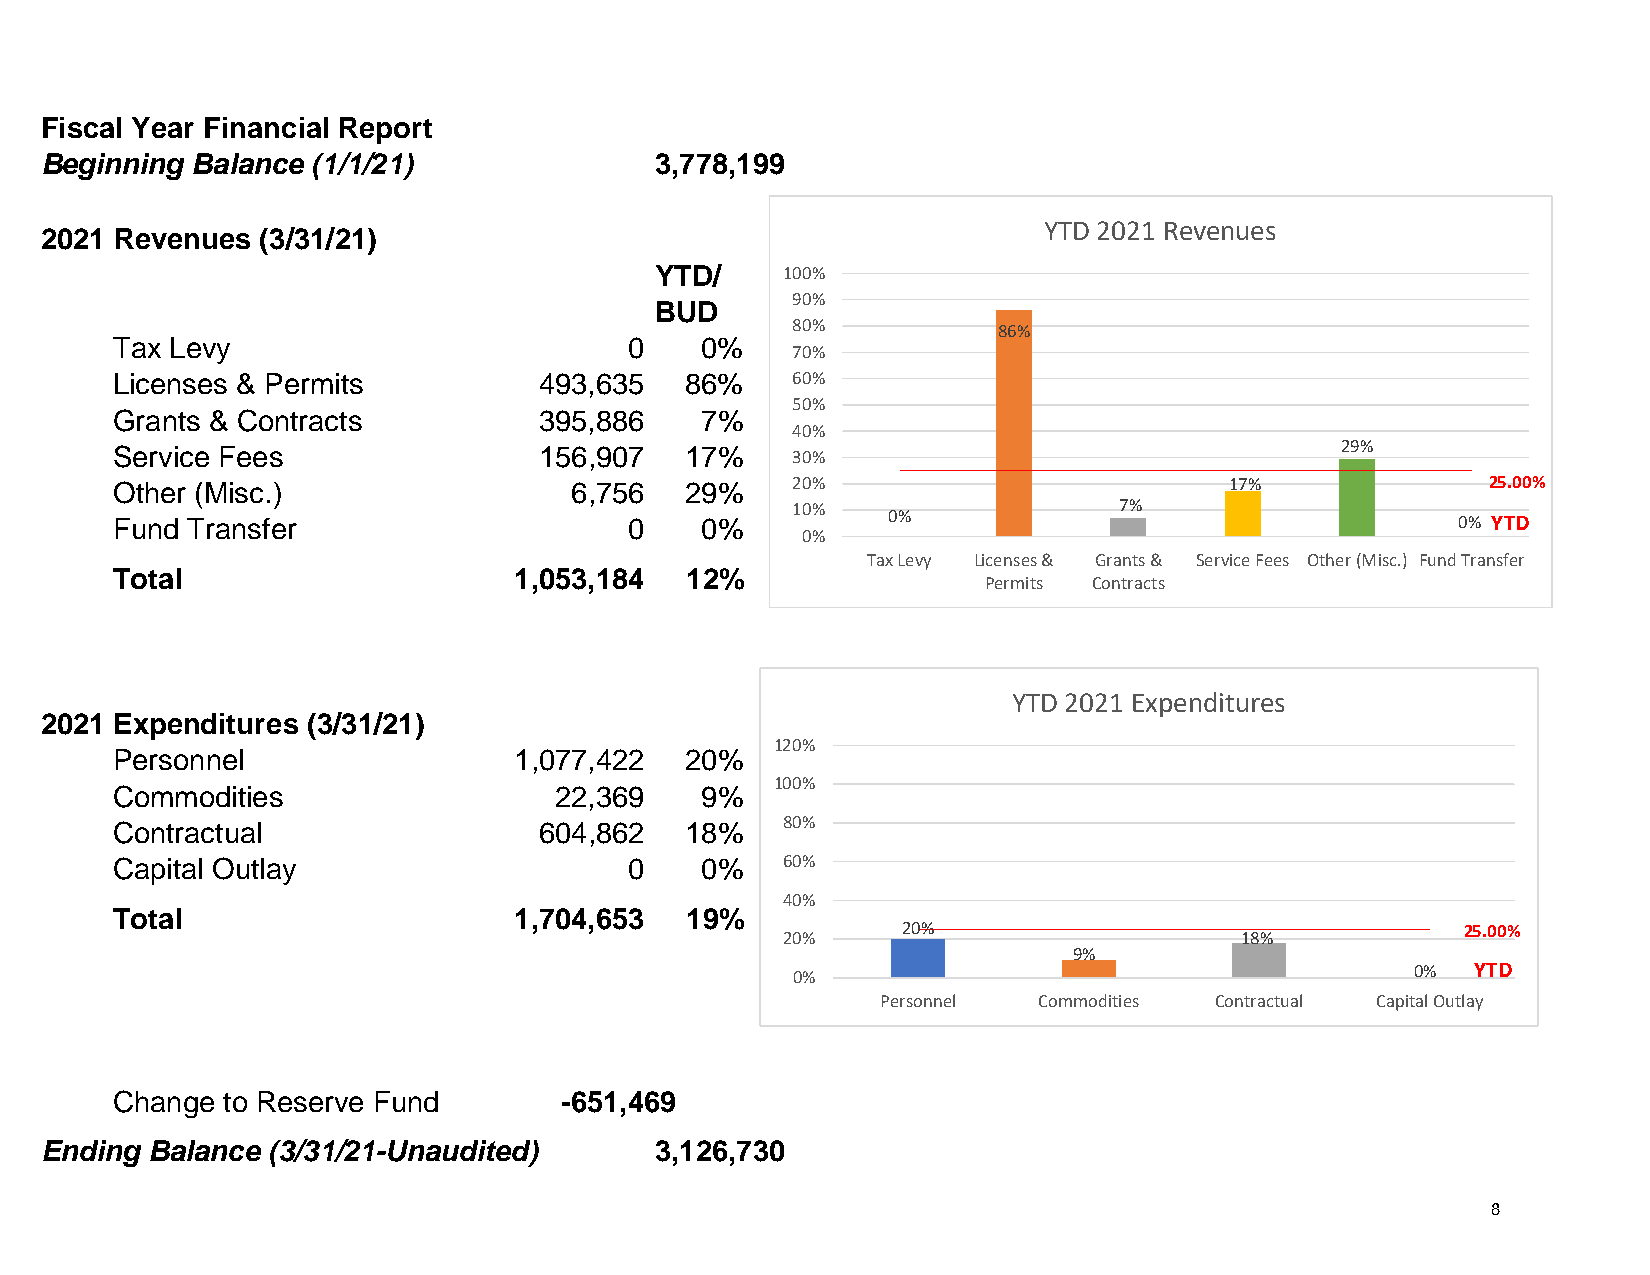
Fiscal Year Financial Report
 Beginning Balance (1/1/21)               3,778,199
 YTD 2021 Revenues
 2021 Revenues  (3/31/21)
 YTD/    100%
 90%
 BUD
 80%           86%
 Tax Levy                          0    0%
 70%
 Licenses & Permits          493,635   86%    60%
 50%
 Grants & Contracts          395,886    7%
 40%
 29%
 Service Fees                156,907   17%    30%
 Other (Misc.)                 6,756   29%    20%                          17%              25.00%
 10%                   7%
 Fund Transfer                     0    0%          0%                                    0% YTD
 0%
 Tax Levy Licenses & Grants & Service Fees Other (Misc.) Fund Transfer
 Total                      1,053,184  12%                 Permits Contracts
 YTD 2021 Expenditures
 2021 Expenditures (3/31/21)
 120%
 Personnel                  1,077,422  20%
 100%
 Commodities                  22,369    9%
 80%
 Contractual                 604,862   18%
 Capital Outlay                    0    0%    60%
 40%
 Total                      1,704,653  19%
 20%                                   25.00%
 20%                           18%
 9%
 0%                                       0%  YTD
 Personnel Commodities Contractual Capital Outlay
 Change to Reserve Fund        -651,469
 Ending Balance (3/31/21-Unaudited)       3,126,730
 8